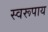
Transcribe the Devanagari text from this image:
स्वरूपाय